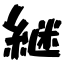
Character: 継